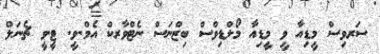
ސަރވިސް މީޑިއާ ވީ މީޑިއާ މޯލްޑިވްސް ބިޒްނަސް ނެޓްވާރކް އެމް.ވީ. ޓީ.ވީ ޗެނަލް